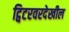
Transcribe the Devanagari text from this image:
ट्विटरवरदेखील